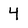
Character: 4